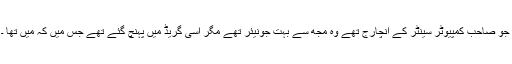
جو صاحب کمپیوٹر سینٹر کے انچارج تھے وہ مجھ سے بہت جونیئر تھے مگر اسی گریڈ میں پہنچ گئے تھے جس میں کہ میں تھا ۔